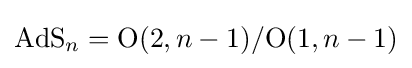
\mathrm {AdS} _{n}={\mathrm {O} (2,n-1)}/{\mathrm {O} (1,n-1)}